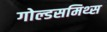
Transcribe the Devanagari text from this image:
गोल्डसमिथ्स